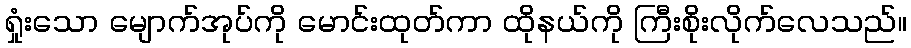
ရှုံးသော မျောက်အုပ်ကို မောင်းထုတ်ကာ ထိုနယ်ကို ကြီးစိုးလိုက်လေသည်။